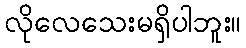
လိုလေသေးမရှိပါဘူး။